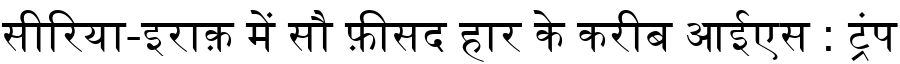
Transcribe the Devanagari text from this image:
सीरिया-इराक़ में सौ फ़ीसद हार के करीब आईएस : ट्रंप